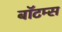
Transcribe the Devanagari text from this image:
बॉटम्स